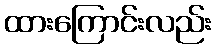
ထားကြောင်းလည်း